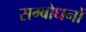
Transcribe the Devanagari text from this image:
सम्बोधनों